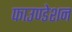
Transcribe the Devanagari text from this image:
फाउण्‍डेशन